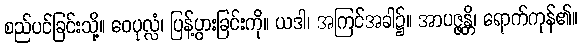
စည်ပင်ခြင်းသို့။ ဝေပုလ္လံ၊ ပြန့်ပွားခြင်းကို။ ယဒါ၊ အကြင်အခါ၌။ အာပဇ္ဇန္တိ၊ ရောက်ကုန်၏။